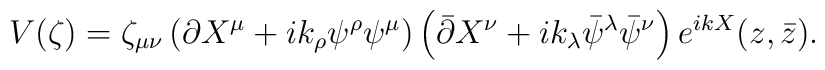
V(\zeta)= \zeta_{\mu\nu}\left(\partial  X^\mu+ik_\rho\psi^\rho\psi^\mu\right)\left(\bar{\partial}  X^\nu+ik_\lambda\bar{\psi}^\lambda\bar{\psi}^\nu\right)e^{ikX}(z,\bar{z}).